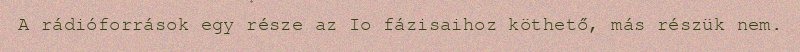
A rádióforrások egy része az Io fázisaihoz köthető, más részük nem.